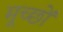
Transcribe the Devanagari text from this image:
मूच्छों